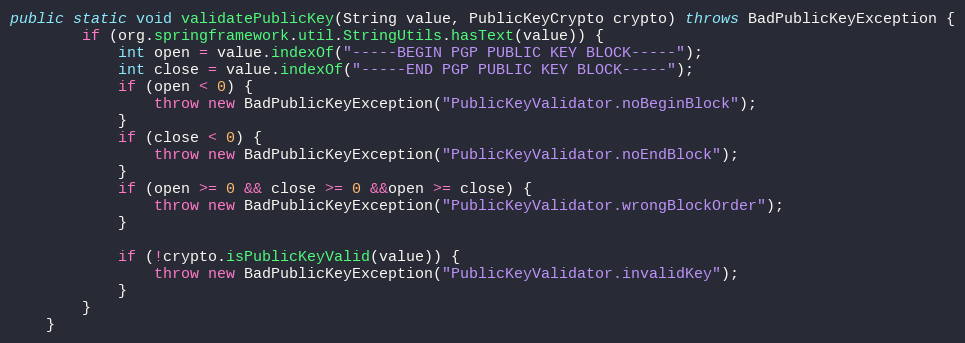
Language: Java
public static void validatePublicKey(String value, PublicKeyCrypto crypto) throws BadPublicKeyException {
        if (org.springframework.util.StringUtils.hasText(value)) {
            int open = value.indexOf("-----BEGIN PGP PUBLIC KEY BLOCK-----");
            int close = value.indexOf("-----END PGP PUBLIC KEY BLOCK-----");
            if (open < 0) {
                throw new BadPublicKeyException("PublicKeyValidator.noBeginBlock");
            }
            if (close < 0) {
                throw new BadPublicKeyException("PublicKeyValidator.noEndBlock");
            }
            if (open >= 0 && close >= 0 &&open >= close) {
                throw new BadPublicKeyException("PublicKeyValidator.wrongBlockOrder");
            }

            if (!crypto.isPublicKeyValid(value)) {
                throw new BadPublicKeyException("PublicKeyValidator.invalidKey");
            }
        }
    }